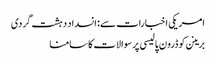
امریکی اخبارات سے: انسداد دہشت گردی
برینن کو ڈرون پالیسی پر سوالات کا سامنا